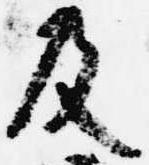
及